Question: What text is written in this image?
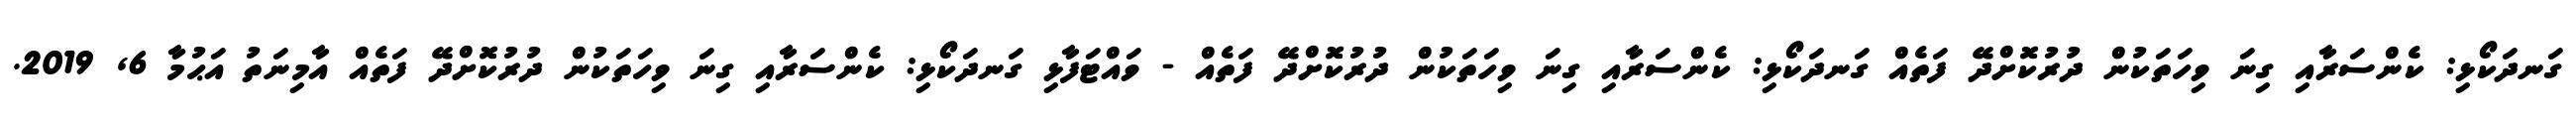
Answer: ގަނދަކޯޅި: ކެންސަރާއި ގިނަ ވިހަތަކުން ދުރުކޮށްދޭ ފަތެއް ގަނދަކޯޅި: ކެންސަރާއި ގިނަ ވިހަތަކުން ދުރުކޮށްދޭ ފަތެއް - ވައްޓަފާޅި ގަނދަކޯޅި: ކެންސަރާއި ގިނަ ވިހަތަކުން ދުރުކޮށްދޭ ފަތެއް އާމިނަތު އަޙުމާ 6, 2019.